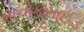
મોનોકસાઈડ